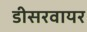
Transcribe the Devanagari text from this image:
डीसरवायर